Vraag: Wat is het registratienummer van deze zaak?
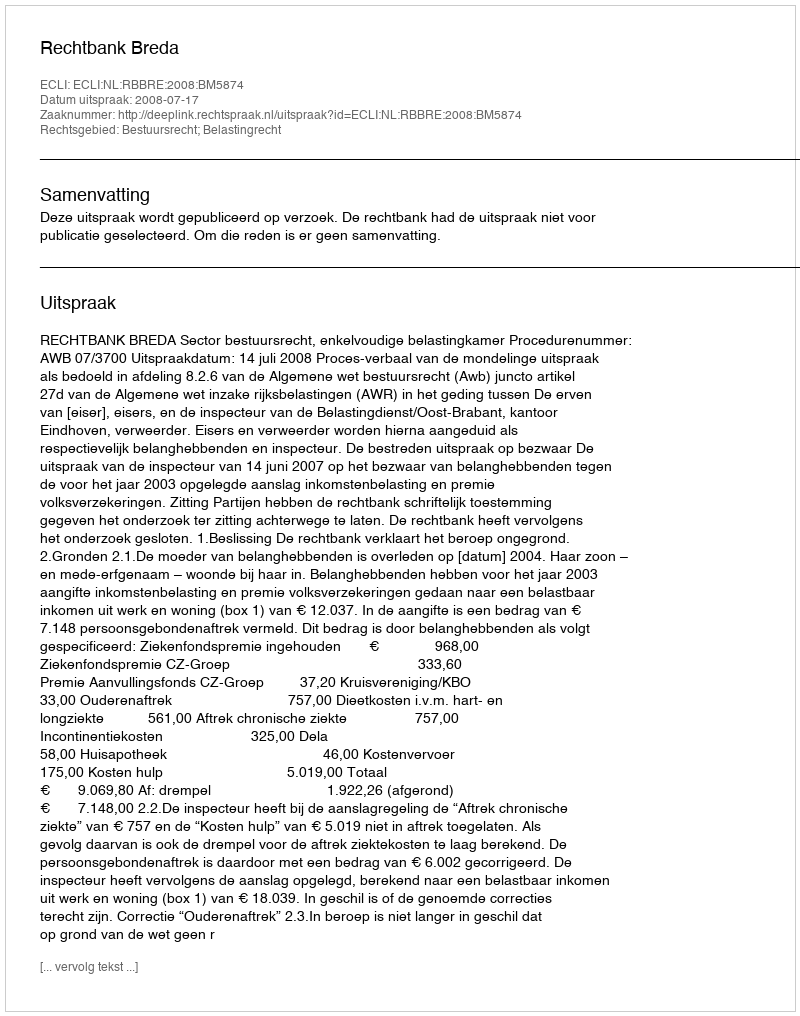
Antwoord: http://deeplink.rechtspraak.nl/uitspraak?id=ECLI:NL:RBBRE:2008:BM5874